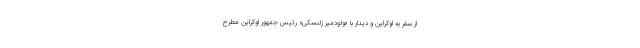
از سفر به اوکراین و دیدار با «ولودمیر زلنسکی» رئیس جمهور اوکراین مطرح